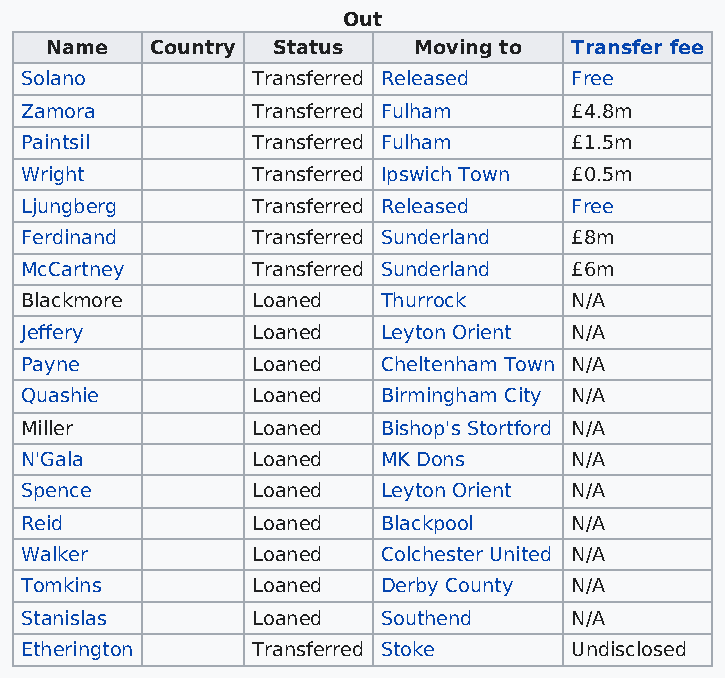
Out
 Name   Country Status   Moving to  Transfer fee
 Solano          Transferred Released Free
 Zamora          Transferred Fulham   £4.8m
 Paintsil        Transferred Fulham   £1.5m
 Wright          Transferred Ipswich Town £0.5m
 Ljungberg       Transferred Released Free
 Ferdinand       Transferred Sunderland £8m
 McCartney       Transferred Sunderland £6m
 Blackmore       Loaned  Thurrock     N/A
 Jeffery         Loaned  Leyton Orient N/A
 Payne           Loaned  Cheltenham Town N/A
 Quashie         Loaned  Birmingham City N/A
 Miller          Loaned  Bishop's Stortford N/A
 N'Gala          Loaned  MK Dons      N/A
 Spence          Loaned  Leyton Orient N/A
 Reid            Loaned  Blackpool    N/A
 Walker          Loaned  Colchester United N/A
 Tomkins         Loaned  Derby County N/A
 Stanislas       Loaned  Southend     N/A
 Etherington     Transferred Stoke    Undisclosed